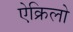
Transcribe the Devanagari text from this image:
ऐक्रिलो